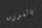
بالمدرسة